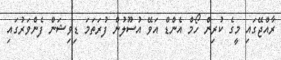
ރާއްޖޭގައި މީގެ ކުރިން ހޯމް އެންޑް އަވޭ އުސޫލުން ފުރަތަމަ ޑިވިޝަން ފެންވަރުގައި